Vana-Antsla_vallavalitsus, lk 44
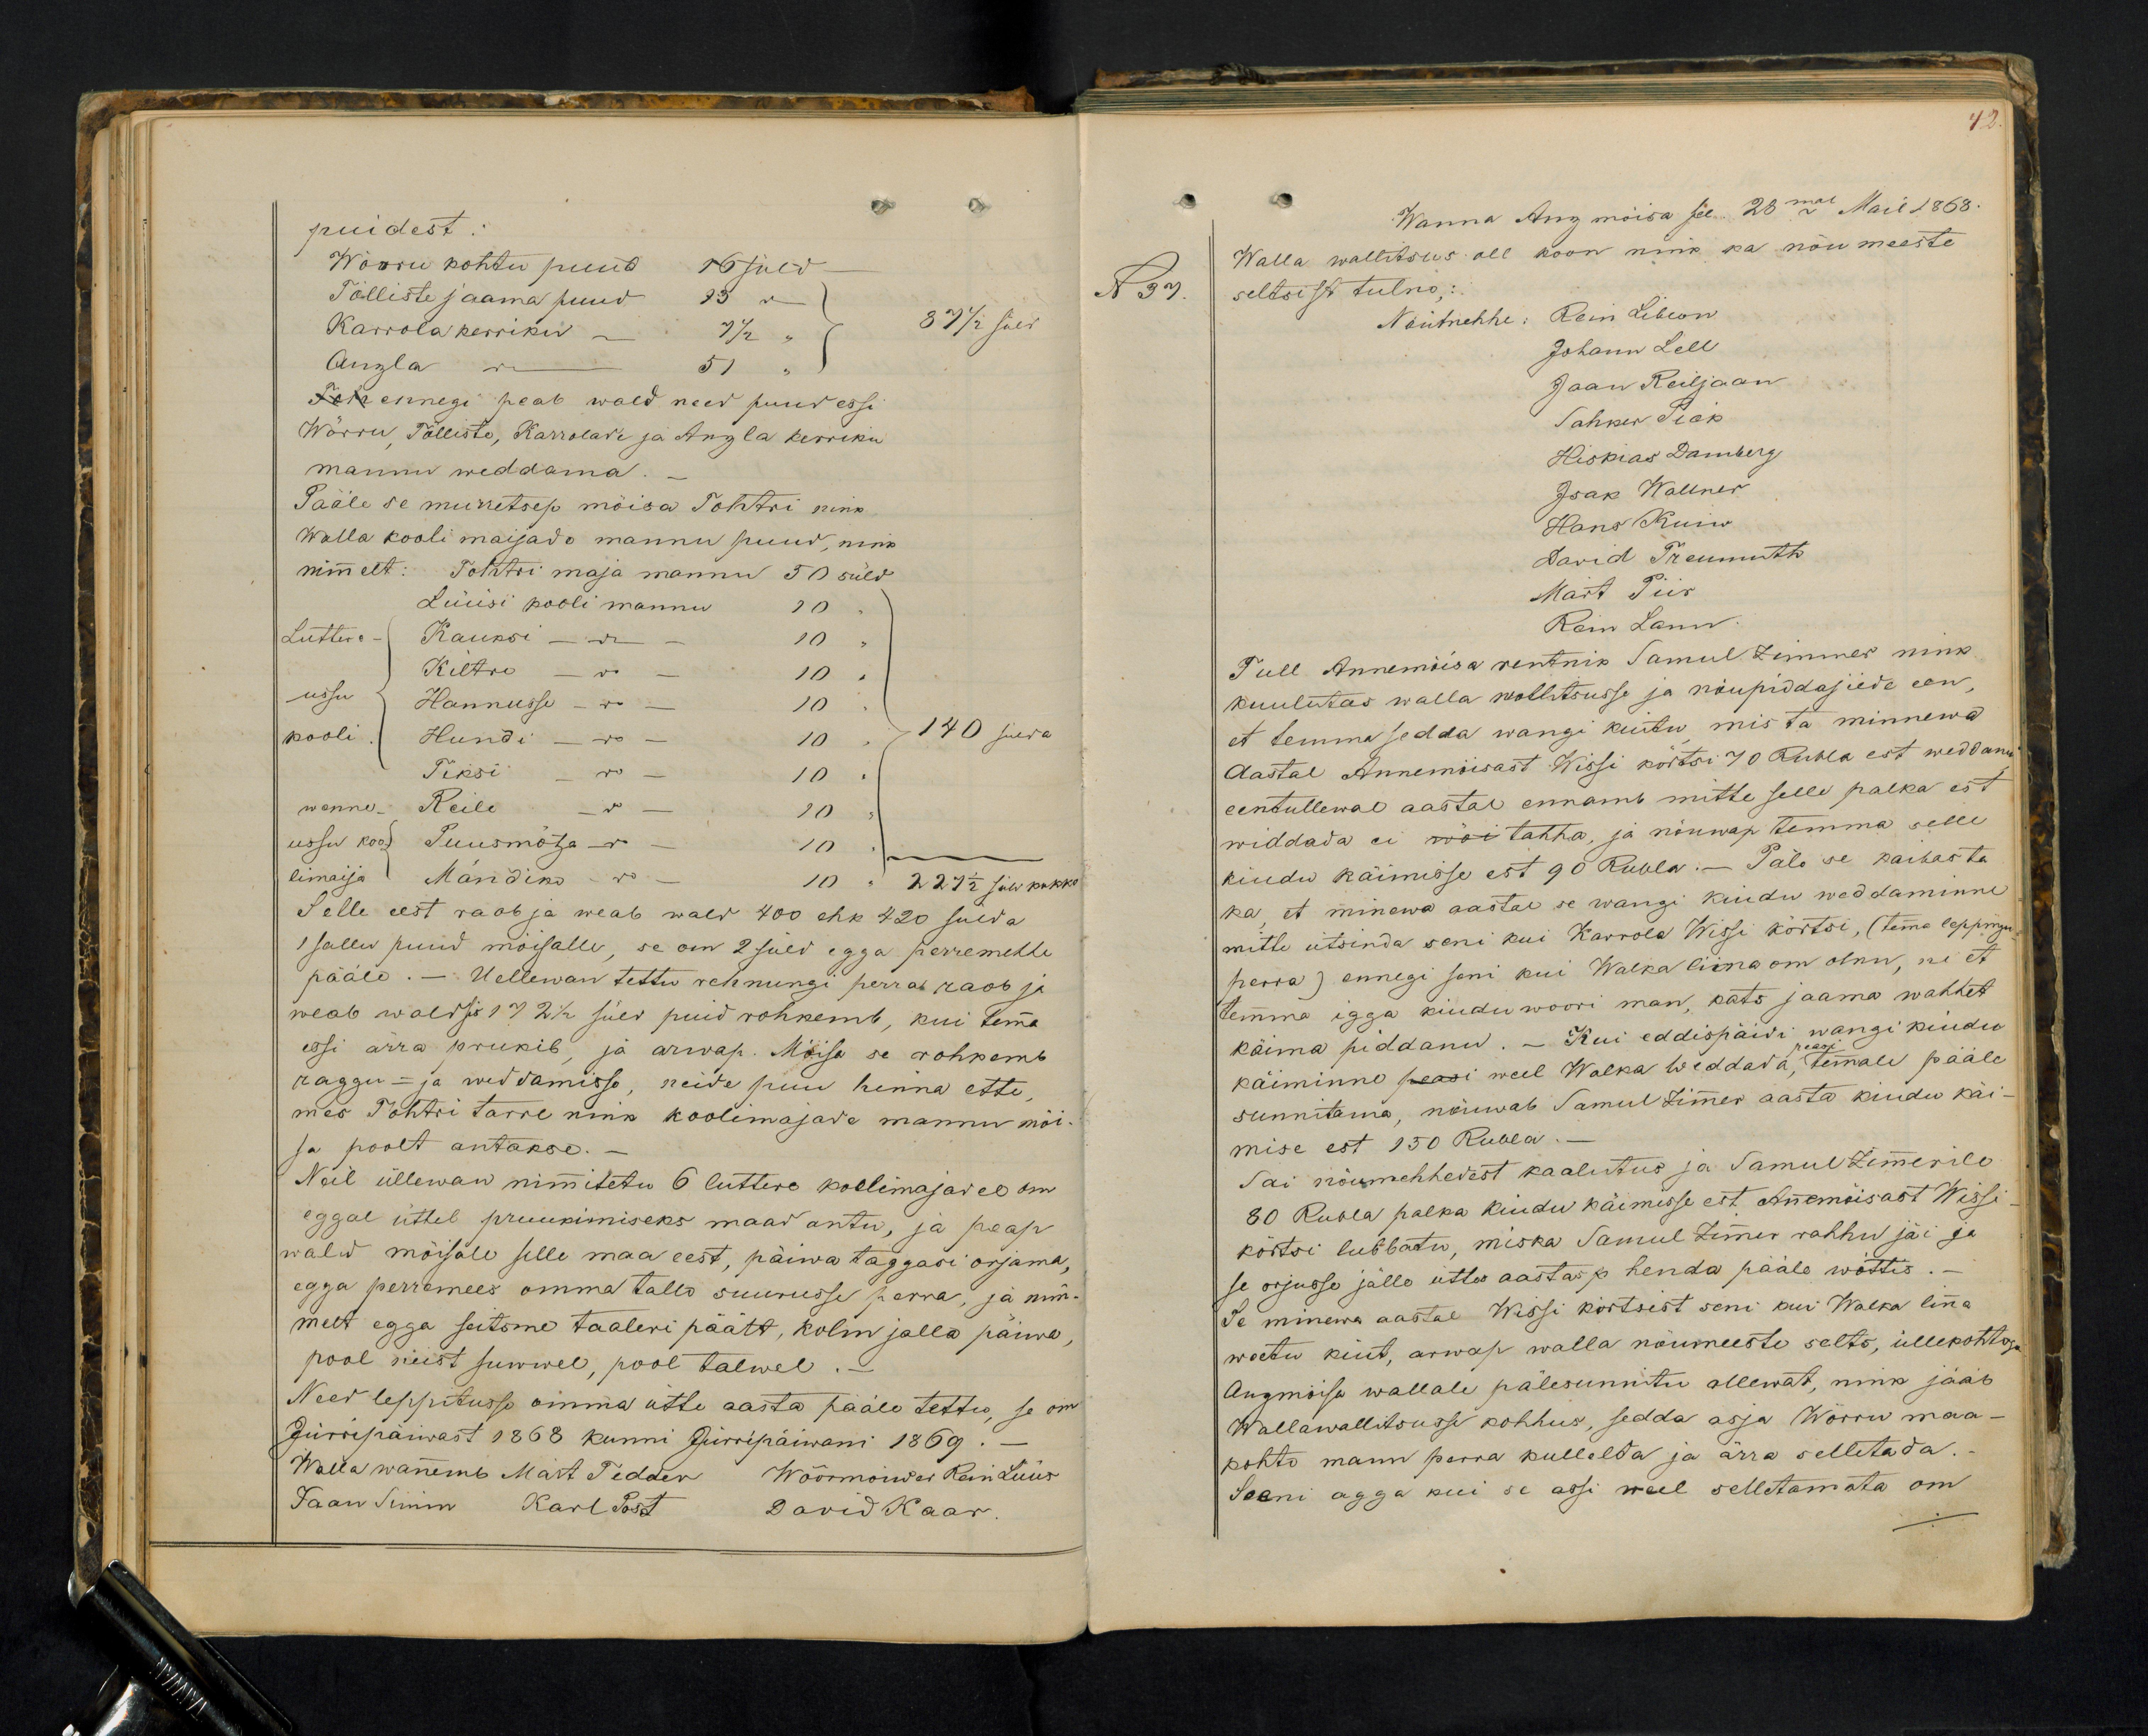
puidest.
Wörru kohtu puud 16 süld
Tölliste jaama puud 73 "
Karrola kerrikio - 7 1/2 "
87 1/2 süld
Anzla ------ 51 "
Jeke ennegi peab wald need puud essi
Wõrru, Tõlliste, Karrolade ja Anzla kerriku
mannu weddama.
Pääle se murretsep möisa Tohtri nink
Walla kooli maijado mannu puud, ning
nimelt: Tohtri maja mannu 50 süld.
Lüüsi kooli mannu 10
Lutter- Kauksi -"- - 10 "
Kiltro - " - 10 "
ussu Hannusse - - - 10
kooli. Hundi - - 10
140 sülda
Tiksi - do - 10
wenne- Reile - 7 - 10
ussu koo- Puusmõtza - - 10
limaija Mändino - - 10  " 227 1/2 süld kokko
Selle eest raob ja weab wald 400 ehk 420 sülda
1 sallu puud mõisalle, se om 2 süld egga perremehhe
pääle. - Uellewan tettu rehnungi perra raob ja
weab wald sis 17 2 1/2 süld puid rohkemb, kui temma
essi ärra prukib, ja arwap. Möisa se rohkemb
raggu- ja weddamisse, neide puu hinna ette,
mes Tohtri tarre nink koolimajade mannu möi-
ja poolt antakse.
Neil üllewan nimitetu 6 luttere koolimajadel om
eggal üttel pruukimiseks maad antu, ja peap
wald möisale selle maa eest, päiwa taggasi orjama,
egga perremees omma tallo suurusse perra, ja nim-
melt egga seitsme taaleri päält, kolm jalla päiwa
pool neist suwel, pool talwel.
Need leppitusse omma ette aasta pääle tettus, se om
Jürripäiwast 1868 kunni Jürripäiwani 1869.-
Wallawanemb Märt Tedder Wöörmönder Rein Lüüs
Jaan Simm Karl Post Dawid Kaar.

42.
Wanna Anzmõisa see 28mal Mail 1868
Walla wallitsus all koon nink ka nöu meeste
seltsist tulno;
Nöutmehhe: Rein Libeon
Johann Lell
Jaan Reiljaan
Sahker Pick
Hiskias Damberg
Isak Wallner
Hans Kuiw
David Treumuth
Mart Piir
Rein Lann.
Tull Annemõisa rentnik Samul Zimmer nink
kuulutas walla wallitsusse ja nõupidajiede een,
et temma sedda wangi kiutu mis ta minnewa
Aastal Annemöisast Wissi kõrtsi 70 Rubla est weddanu
eentullewal aastal ennamb mitte selle palka est
widdada ei wöi tahha, ja nöuwap temma selle
kiudu käimisse est 90 Rubla. Päle se kaibas ta
ka, et minewa aastal se wangi kindu weddaminne
mitte ütsinda seni kui Karrola Wissi kõrtsi, (Tema leppingu
perra) ennegi seni kui Walka liina om olnu, ni et
temma igga kindu woori man, kats saama wahhet
käima piddanud. - Kui eddispäidi wangi kiudu
käiminne peasi weel Walka Weddada peasi temale pääle
sunnitama, nöuwab Samul Zimmer aasta kiudu käi-
mise est 150 Rubla.
Sai nöumehhedest kaalutus ja Samul Zimmerile
80 Rubla palka kiudu käimisse est Annemöisast Wissi
kõrtsi lubbatu, miska Samuel Zimmer rahhu jäi ja
se orjusse jälle üttes aastas p henda pääle wöttis.
Se minewa aastal Wissi kortsist seni kui Walka linna
weetu kiut, arwap walla nöumeeste selts, üllekohtoga
Anzmöisa wallale pälesunnitu ollewat, nink jääb
Wallawallitsusse kohhus, sedda asja Wörru maa-
kohto mann perra kullelda ja ärra selletada.
Seeni agga kui se assi weel selletamata om

N 37.